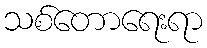
သစ်တောရေးရာ